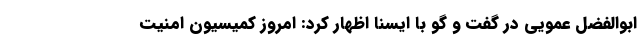
ابوالفضل عمویی در گفت و گو با ایسنا اظهار کرد: امروز کمیسیون امنیت